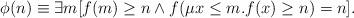
LaTeX: \begin{align*}\phi(n) \equiv \exists m [f(m) \geq n \wedge f(\mu x \leq m. f(x) \geq n)=n].\end{align*}